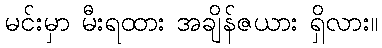
မင်းမှာ မီးရထား အချိန်ဇယား ရှိလား။